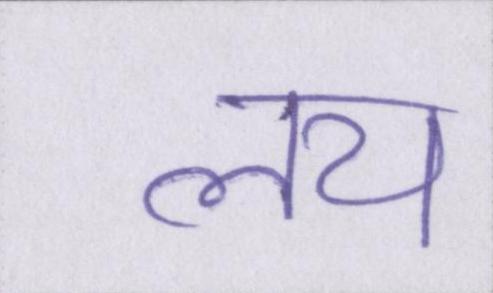
लय